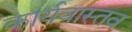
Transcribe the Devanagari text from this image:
कार्यवास्तव